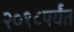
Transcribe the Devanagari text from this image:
२०१८पर्यंत